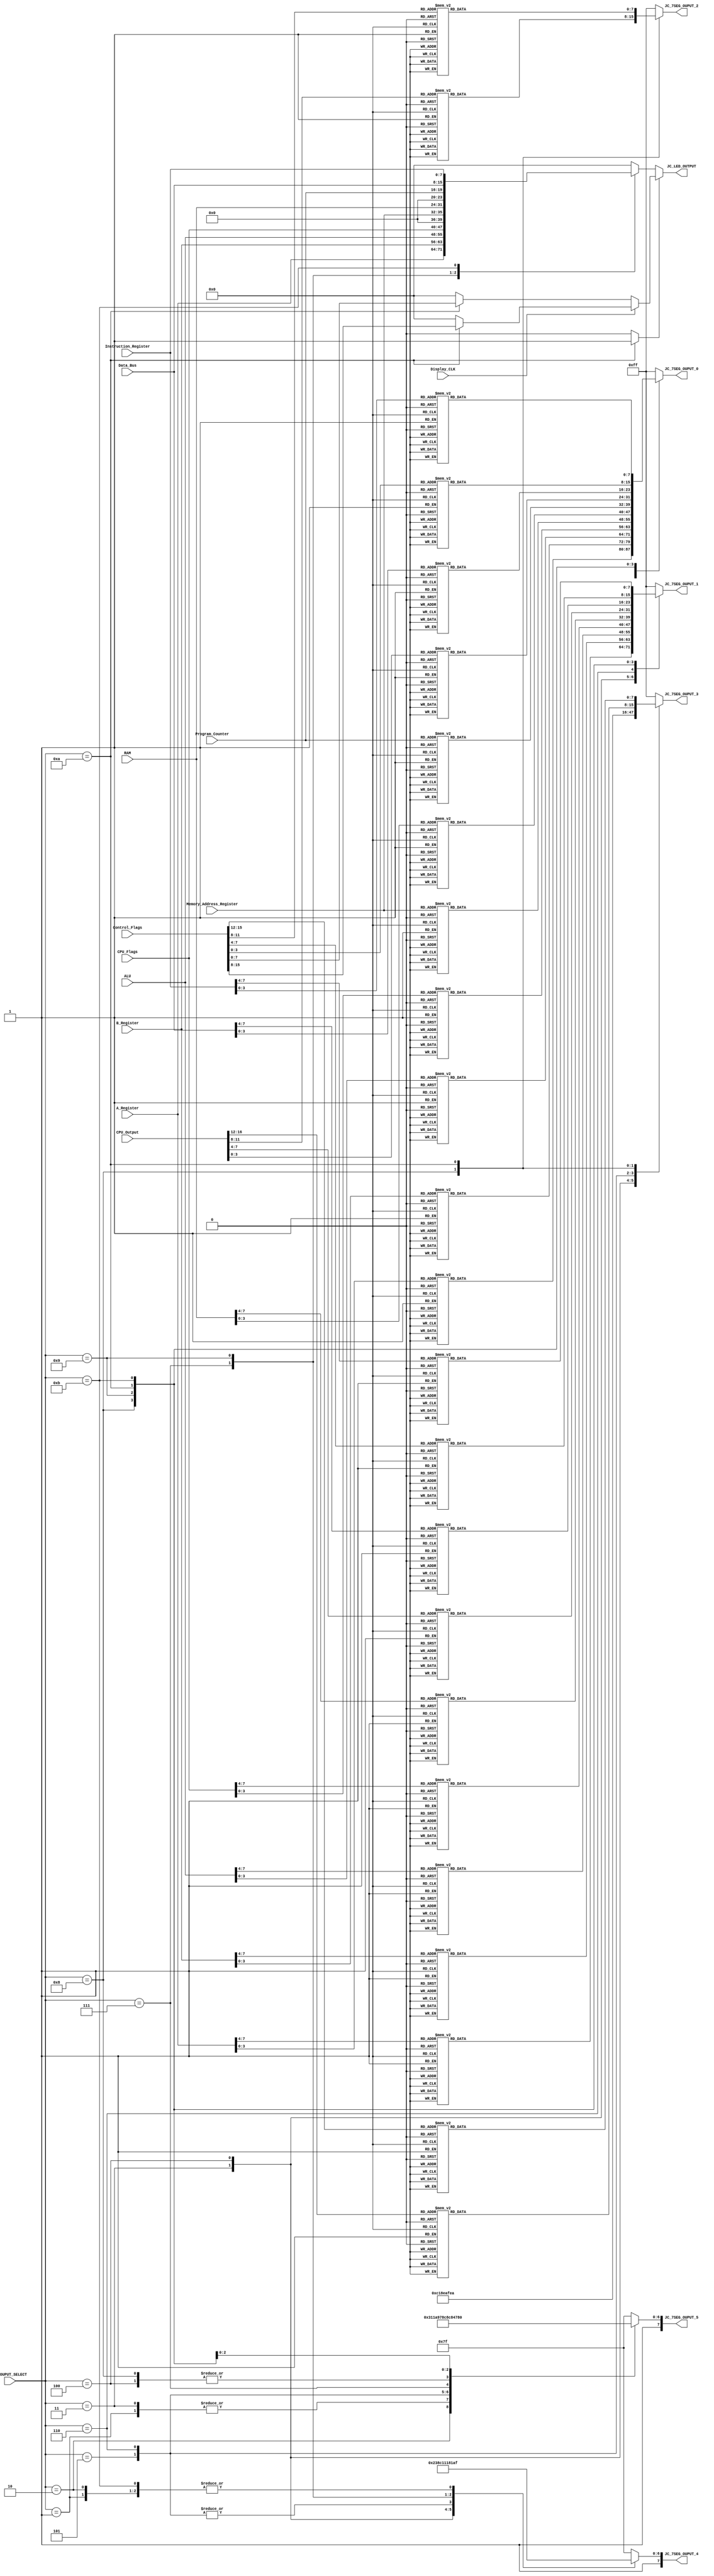
module JC_Display

	(
		input wire				Display_CLK,					// Display Clock for LED Ouptut Toggle
		
		input wire	[7:0]		A_Register,						// 1)		8 bit Output from A Register
		input wire	[7:0]		B_Register,						// 2) 	8 bit Output from B Register
		input wire	[7:0]		ALU,								// 3) 	8 bit Output from ALU Results
		input wire	[7:0]		CPU_Flags,						// 4) 	8 bit Output from CPU
		input	wire	[3:0]		Memory_Address_Register,	// 5) 	4 bit Output from Memory Address Register (MAR)
		input	wire	[7:0]		RAM,								// 6) 	8 bit Output from RAM Contents
		input	wire	[3:0]		Program_Counter,				// 7) 	4 bit Output from Program Counter
		input wire	[16:0]	CPU_Output,						// 8) 	17 bit Output for CPU based on a 3 BCD digits and sign
		input	wire	[7:0]		Data_Bus,						// 9) 	8 bit Output for Data Bus
		input	wire	[15:0]	Control_Flags,					// 10)	16 bit Output for Control Flags
		input wire	[7:0]		Instruction_Register,		//	11)	8 bit Output for Instruction Register
		
		input wire	[3:0]		JC_OUPUT_SELECT,				// 4 bit Selector Determines which Output to Display ( 1 - 10)
		
		output reg	[7:0]		JC_LED_OUTPUT,					// 8 bit LED Output on FPGA Board
		
		output reg	[7:0]		JC_7SEG_OUPUT_0,				// HEX0 Seven Segment Output of FPGA Board
		output reg	[7:0]		JC_7SEG_OUPUT_1,				// HEX1 Seven Segment Output of FPGA Board
		output reg	[7:0]		JC_7SEG_OUPUT_2,				// HEX2 Seven Segment Output of FPGA Board
		output reg	[7:0]		JC_7SEG_OUPUT_3,				// HEX3 Seven Segment Output of FPGA Board
		output reg	[7:0]		JC_7SEG_OUPUT_4,				// HEX4 Seven Segment Output of FPGA Board
		output reg	[7:0]		JC_7SEG_OUPUT_5				// HEX5 Seven Segment Output of FPGA Board
	);
	
	reg			toggle_LED 		= 1'b0;
	reg	[7:0]	first_row_LED 	= 8'b00000000;
	reg	[7:0]	second_row_LED = 8'b00000000;

		
	always @(*)
		begin
			
			case (JC_OUPUT_SELECT)
			
				4'b0000	:					// Blank Seven Segment Display and LED
					begin
						JC_7SEG_OUPUT_5 <= Segment_Decode (5'h15);
						JC_7SEG_OUPUT_4 <= Segment_Decode (5'h15);
						JC_7SEG_OUPUT_3 <= Segment_Decode (5'h15);
						JC_7SEG_OUPUT_2 <= Segment_Decode (5'h15);
						JC_7SEG_OUPUT_1 <= Segment_Decode (5'h15);
						JC_7SEG_OUPUT_0 <= Segment_Decode (5'h15);
						
						JC_LED_OUTPUT <= 8'b00000000;
						first_row_LED 	<= 8'b00000000;
						second_row_LED <= 8'b00000000;
						toggle_LED 	<= 1'b0;
					end
				
				4'b0001	:					// A Register - Ar__XX
					begin
						JC_7SEG_OUPUT_5 <= Segment_Decode (5'h0A);
						JC_7SEG_OUPUT_4 <= Segment_Decode (5'h13);
						JC_7SEG_OUPUT_3 <= Segment_Decode (5'h15);
						JC_7SEG_OUPUT_2 <= Segment_Decode (5'h15);
						JC_7SEG_OUPUT_1 <= Segment_Decode ({1'b0, A_Register[7:4]});
						JC_7SEG_OUPUT_0 <= Segment_Decode ({1'b0, A_Register[3:0]});
						
						JC_LED_OUTPUT <= A_Register;
						first_row_LED 	<= 8'b00000000;
						second_row_LED <= 8'b00000000;
						toggle_LED 	<= 1'b0;
					end
					
				4'b0010	:					// B Register - Br__XX
					begin
						JC_7SEG_OUPUT_5 <= Segment_Decode (5'h0B);
						JC_7SEG_OUPUT_4 <= Segment_Decode (5'h13);
						JC_7SEG_OUPUT_3 <= Segment_Decode (5'h15);
						JC_7SEG_OUPUT_2 <= Segment_Decode (5'h15);
						JC_7SEG_OUPUT_1 <= Segment_Decode ({1'b0, B_Register[7:4]});
						JC_7SEG_OUPUT_0 <= Segment_Decode ({1'b0, B_Register[3:0]});
						
						JC_LED_OUTPUT <= B_Register;
						first_row_LED 	<= 8'b00000000;
						second_row_LED <= 8'b00000000;
						toggle_LED 	<= 1'b0;
					end

				4'b0011	:					// ALU - ALU_XX
					begin
						JC_7SEG_OUPUT_5 <= Segment_Decode (5'h0A);
						JC_7SEG_OUPUT_4 <= Segment_Decode (5'h10);
						JC_7SEG_OUPUT_3 <= Segment_Decode (5'h14);
						JC_7SEG_OUPUT_2 <= Segment_Decode (5'h15);
						JC_7SEG_OUPUT_1 <= Segment_Decode ({1'b0, ALU[7:4]});
						JC_7SEG_OUPUT_0 <= Segment_Decode ({1'b0, ALU[3:0]});
						
						JC_LED_OUTPUT <= ALU;
						first_row_LED 	<= 8'b00000000;
						second_row_LED <= 8'b00000000;
						toggle_LED 	<= 1'b0;						
					end
					
				4'b0100	:					// CPU Flags - CPF_XX 
					begin
						JC_7SEG_OUPUT_5 <= Segment_Decode (5'h0C);
						JC_7SEG_OUPUT_4 <= Segment_Decode (5'h12);
						JC_7SEG_OUPUT_3 <= Segment_Decode (5'h0F);
						JC_7SEG_OUPUT_2 <= Segment_Decode (5'h15);
						JC_7SEG_OUPUT_1 <= Segment_Decode ({1'b0, CPU_Flags[7:4]});
						JC_7SEG_OUPUT_0 <= Segment_Decode ({1'b0, CPU_Flags[3:0]});
						
						JC_LED_OUTPUT <= CPU_Flags;
						first_row_LED 	<= 8'b00000000;
						second_row_LED <= 8'b00000000;
						toggle_LED 	<= 1'b0;
					end
					
				4'b0101	:					// Memory Address Register - MAr__X
					begin
						JC_7SEG_OUPUT_5 <= Segment_Decode (5'h11);
						JC_7SEG_OUPUT_4 <= Segment_Decode (5'h0A);
						JC_7SEG_OUPUT_3 <= Segment_Decode (5'h13);
						JC_7SEG_OUPUT_2 <= Segment_Decode (5'h15);
						JC_7SEG_OUPUT_1 <= Segment_Decode (5'h15);
						JC_7SEG_OUPUT_0 <= Segment_Decode ({1'b0, Memory_Address_Register[3:0]});
						
						JC_LED_OUTPUT <= Memory_Address_Register;
						first_row_LED 	<= 8'b00000000;
						second_row_LED <= 8'b00000000;
						toggle_LED 	<= 1'b0;
					end
					
				4'b0110	:					// RAM Contents - rAM_XX
					begin
						JC_7SEG_OUPUT_5 <= Segment_Decode (5'h13);
						JC_7SEG_OUPUT_4 <= Segment_Decode (5'h0A);
						JC_7SEG_OUPUT_3 <= Segment_Decode (5'h11);
						JC_7SEG_OUPUT_2 <= Segment_Decode (5'h15);
						JC_7SEG_OUPUT_1 <= Segment_Decode ({1'b0, RAM[7:4]});
						JC_7SEG_OUPUT_0 <= Segment_Decode ({1'b0, RAM[3:0]});
						
						JC_LED_OUTPUT <= RAM;
						first_row_LED 	<= 8'b00000000;
						second_row_LED <= 8'b00000000;
						toggle_LED 	<= 1'b0;
					end
					
				4'b0111	:					// Program Counter - PC___X
					begin
						JC_7SEG_OUPUT_5 <= Segment_Decode (5'h12);
						JC_7SEG_OUPUT_4 <= Segment_Decode (5'h0C);
						JC_7SEG_OUPUT_3 <= Segment_Decode (5'h15);
						JC_7SEG_OUPUT_2 <= Segment_Decode (5'h15);
						JC_7SEG_OUPUT_1 <= Segment_Decode (5'h15);
						JC_7SEG_OUPUT_0 <= Segment_Decode ({1'b0, Program_Counter[3:0]});
						
						JC_LED_OUTPUT <= Program_Counter;
						first_row_LED 	<= 8'b00000000;
						second_row_LED <= 8'b00000000;
						toggle_LED 	<= 1'b0;
					end
				
				4'b1000	:					// CPU Output - C_SXXX
					begin
						JC_7SEG_OUPUT_5 <= Segment_Decode (5'h0C);
						JC_7SEG_OUPUT_4 <= Segment_Decode (5'h15);
						JC_7SEG_OUPUT_3 <= Segment_Decode (CPU_Output[16:12]);
						JC_7SEG_OUPUT_2 <= Segment_Decode ({1'b0, CPU_Output[11:8]});
						JC_7SEG_OUPUT_1 <= Segment_Decode ({1'b0, CPU_Output[7:4]});
						JC_7SEG_OUPUT_0 <= Segment_Decode ({1'b0, CPU_Output[3:0]});
						
						JC_LED_OUTPUT <= 8'b00000000;
						first_row_LED 	<= 8'b00000000;
						second_row_LED <= 8'b00000000;
						toggle_LED 	<= 1'b0;
					end
					
				4'b1001	:					// Data Bus - db__XX
					begin
						JC_7SEG_OUPUT_5 <= Segment_Decode (5'h0D);
						JC_7SEG_OUPUT_4 <= Segment_Decode (5'h0B);
						JC_7SEG_OUPUT_3 <= Segment_Decode (5'h15);
						JC_7SEG_OUPUT_2 <= Segment_Decode (5'h15);
						JC_7SEG_OUPUT_1 <= Segment_Decode ({1'b0, Data_Bus[7:4]});
						JC_7SEG_OUPUT_0 <= Segment_Decode ({1'b0, Data_Bus[3:0]});
						
						JC_LED_OUTPUT <= Data_Bus;
						first_row_LED 	<= 8'b00000000;
						second_row_LED <= 8'b00000000;
						toggle_LED 	<= 1'b0;						
					end
					
				4'b1010	:					// Control Flags - F_XXXX
					begin
						JC_7SEG_OUPUT_5 <= Segment_Decode (5'h0F);
						JC_7SEG_OUPUT_4 <= Segment_Decode (5'h15);
						JC_7SEG_OUPUT_3 <= Segment_Decode ({1'b0, Control_Flags[15:12]});
						JC_7SEG_OUPUT_2 <= Segment_Decode ({1'b0, Control_Flags[11:8]});
						JC_7SEG_OUPUT_1 <= Segment_Decode ({1'b0, Control_Flags[7:4]});
						JC_7SEG_OUPUT_0 <= Segment_Decode ({1'b0, Control_Flags[3:0]});
						
						toggle_LED 	<= 1'b1;
						JC_LED_OUTPUT 	<= 8'b00000000;
						first_row_LED 	<= Control_Flags[15:8];
						second_row_LED <= Control_Flags[7:0];						
					end
					
				4'b1011	:					// Instruction_Register - 1R__XX 
					begin
						JC_7SEG_OUPUT_5 <= Segment_Decode (5'h01);
						JC_7SEG_OUPUT_4 <= Segment_Decode (5'h13);
						JC_7SEG_OUPUT_3 <= Segment_Decode (5'h15);
						JC_7SEG_OUPUT_2 <= Segment_Decode (5'h15);
						JC_7SEG_OUPUT_1 <= Segment_Decode ({1'b0, Instruction_Register[7:4]});
						JC_7SEG_OUPUT_0 <= Segment_Decode ({1'b0, Instruction_Register[3:0]});
						
						JC_LED_OUTPUT <= Instruction_Register;
						first_row_LED 	<= 8'b00000000;
						second_row_LED <= 8'b00000000;
						toggle_LED 	<= 1'b0;
					end
					
				default	:					// Blank Seven Segment Display and LED
					begin
						JC_7SEG_OUPUT_5 <= Segment_Decode (5'h15);
						JC_7SEG_OUPUT_4 <= Segment_Decode (5'h15);
						JC_7SEG_OUPUT_3 <= Segment_Decode (5'h15);
						JC_7SEG_OUPUT_2 <= Segment_Decode (5'h15);
						JC_7SEG_OUPUT_1 <= Segment_Decode (5'h15);
						JC_7SEG_OUPUT_0 <= Segment_Decode (5'h15);
						
						JC_LED_OUTPUT 	<= 8'b00000000;
						first_row_LED 	<= 8'b00000000;
						second_row_LED <= 8'b00000000;
						toggle_LED 		<= 1'b0;
					end
			endcase
			
			if (toggle_LED == 1'b1)
					JC_LED_OUTPUT <= (Display_CLK == 1) ? first_row_LED : second_row_LED;
			
		end
		
		function [7:0] Segment_Decode (input [4:0] iDIG);
			begin
				case(iDIG)
					5'h0		: Segment_Decode = 8'b11000000;	// 0 
					5'h1		: Segment_Decode = 8'b11111001;	// 1	
					5'h2		: Segment_Decode = 8'b10100100; 	// 2
					5'h3		: Segment_Decode = 8'b10110000; 	// 3
					5'h4		: Segment_Decode = 8'b10011001; 	// 4
					5'h5		: Segment_Decode = 8'b10010010; 	// 5
					5'h6		: Segment_Decode = 8'b10000010; 	// 6
					5'h7		: Segment_Decode = 8'b11111000; 	// 7
					5'h8		: Segment_Decode = 8'b10000000; 	// 8
					5'h9		: Segment_Decode = 8'b10011000;	// 9
					5'ha		: Segment_Decode = 8'b10001000;	// A
					5'hb		: Segment_Decode = 8'b10000011;	// b
					5'hc		: Segment_Decode = 8'b11000110;	// C
					5'hd		: Segment_Decode = 8'b10100001;	// D
					5'he		: Segment_Decode = 8'b10000110;	// E
					5'hf		: Segment_Decode = 8'b10001110;	// F
					5'h10		: Segment_Decode = 8'b11000111;	// L
					5'h11		: Segment_Decode = 8'b11101010;	// M
					5'h12		: Segment_Decode = 8'b10001100;	// P
					5'h13		: Segment_Decode = 8'b10101111;	// r
					5'h14		: Segment_Decode = 8'b11000001;	// U
					5'h15		: Segment_Decode = 8'b11111111;	// blank
					5'h16		: Segment_Decode = 8'b10111111;	// negative sign
					default	: Segment_Decode = 8'b00000000;	// all segments on
				endcase
			end
		
			//		COMMON ANNODE 7 SEGMENT
			//
			//			---a---
			//			|		|
			//			f		b
			//			|--g--|
			//			e		c
			//			|		|
			//			---d---DP
			//
			//		oSEG is an 8 bit number starting with DP (Decimal Point) -> DP g f e d c b a
			//																						 7 6 5 4 3 2 1 0 
			//			1 = turn off segment
			//			0 - turn on segment
		
		endfunction 

endmodule